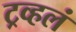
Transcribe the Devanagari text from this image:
ट्रव्हलं